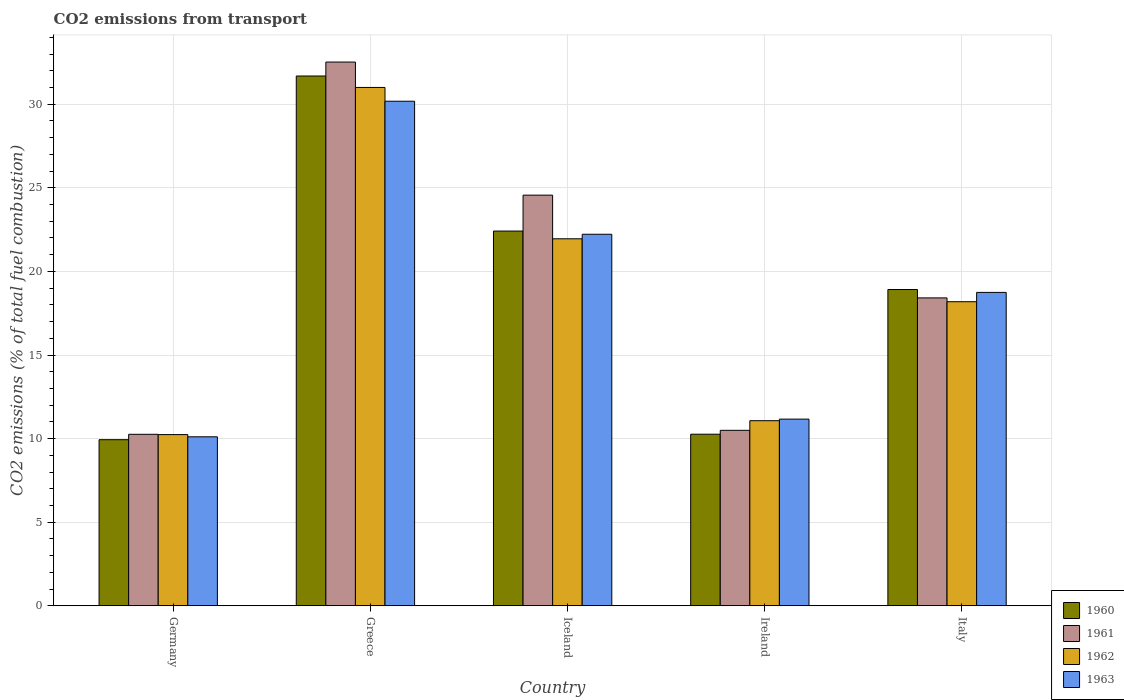
| Country | 1960 | 1961 | 1962 | 1963 |
 | --- | --- | --- | --- | --- |
 | Germany | 9.93 | 10.3 | 10.2 | 10.1 |
 | Greece | 31.7 | 32.5 | 31 | 30.2 |
 | Iceland | 22.4 | 24.6 | 22 | 22.2 |
 | Ireland | 10.3 | 10.5 | 11.1 | 11.2 |
 | Italy | 18.9 | 18.4 | 18.2 | 18.7 |